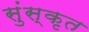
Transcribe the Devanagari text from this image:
सुंस्कृत